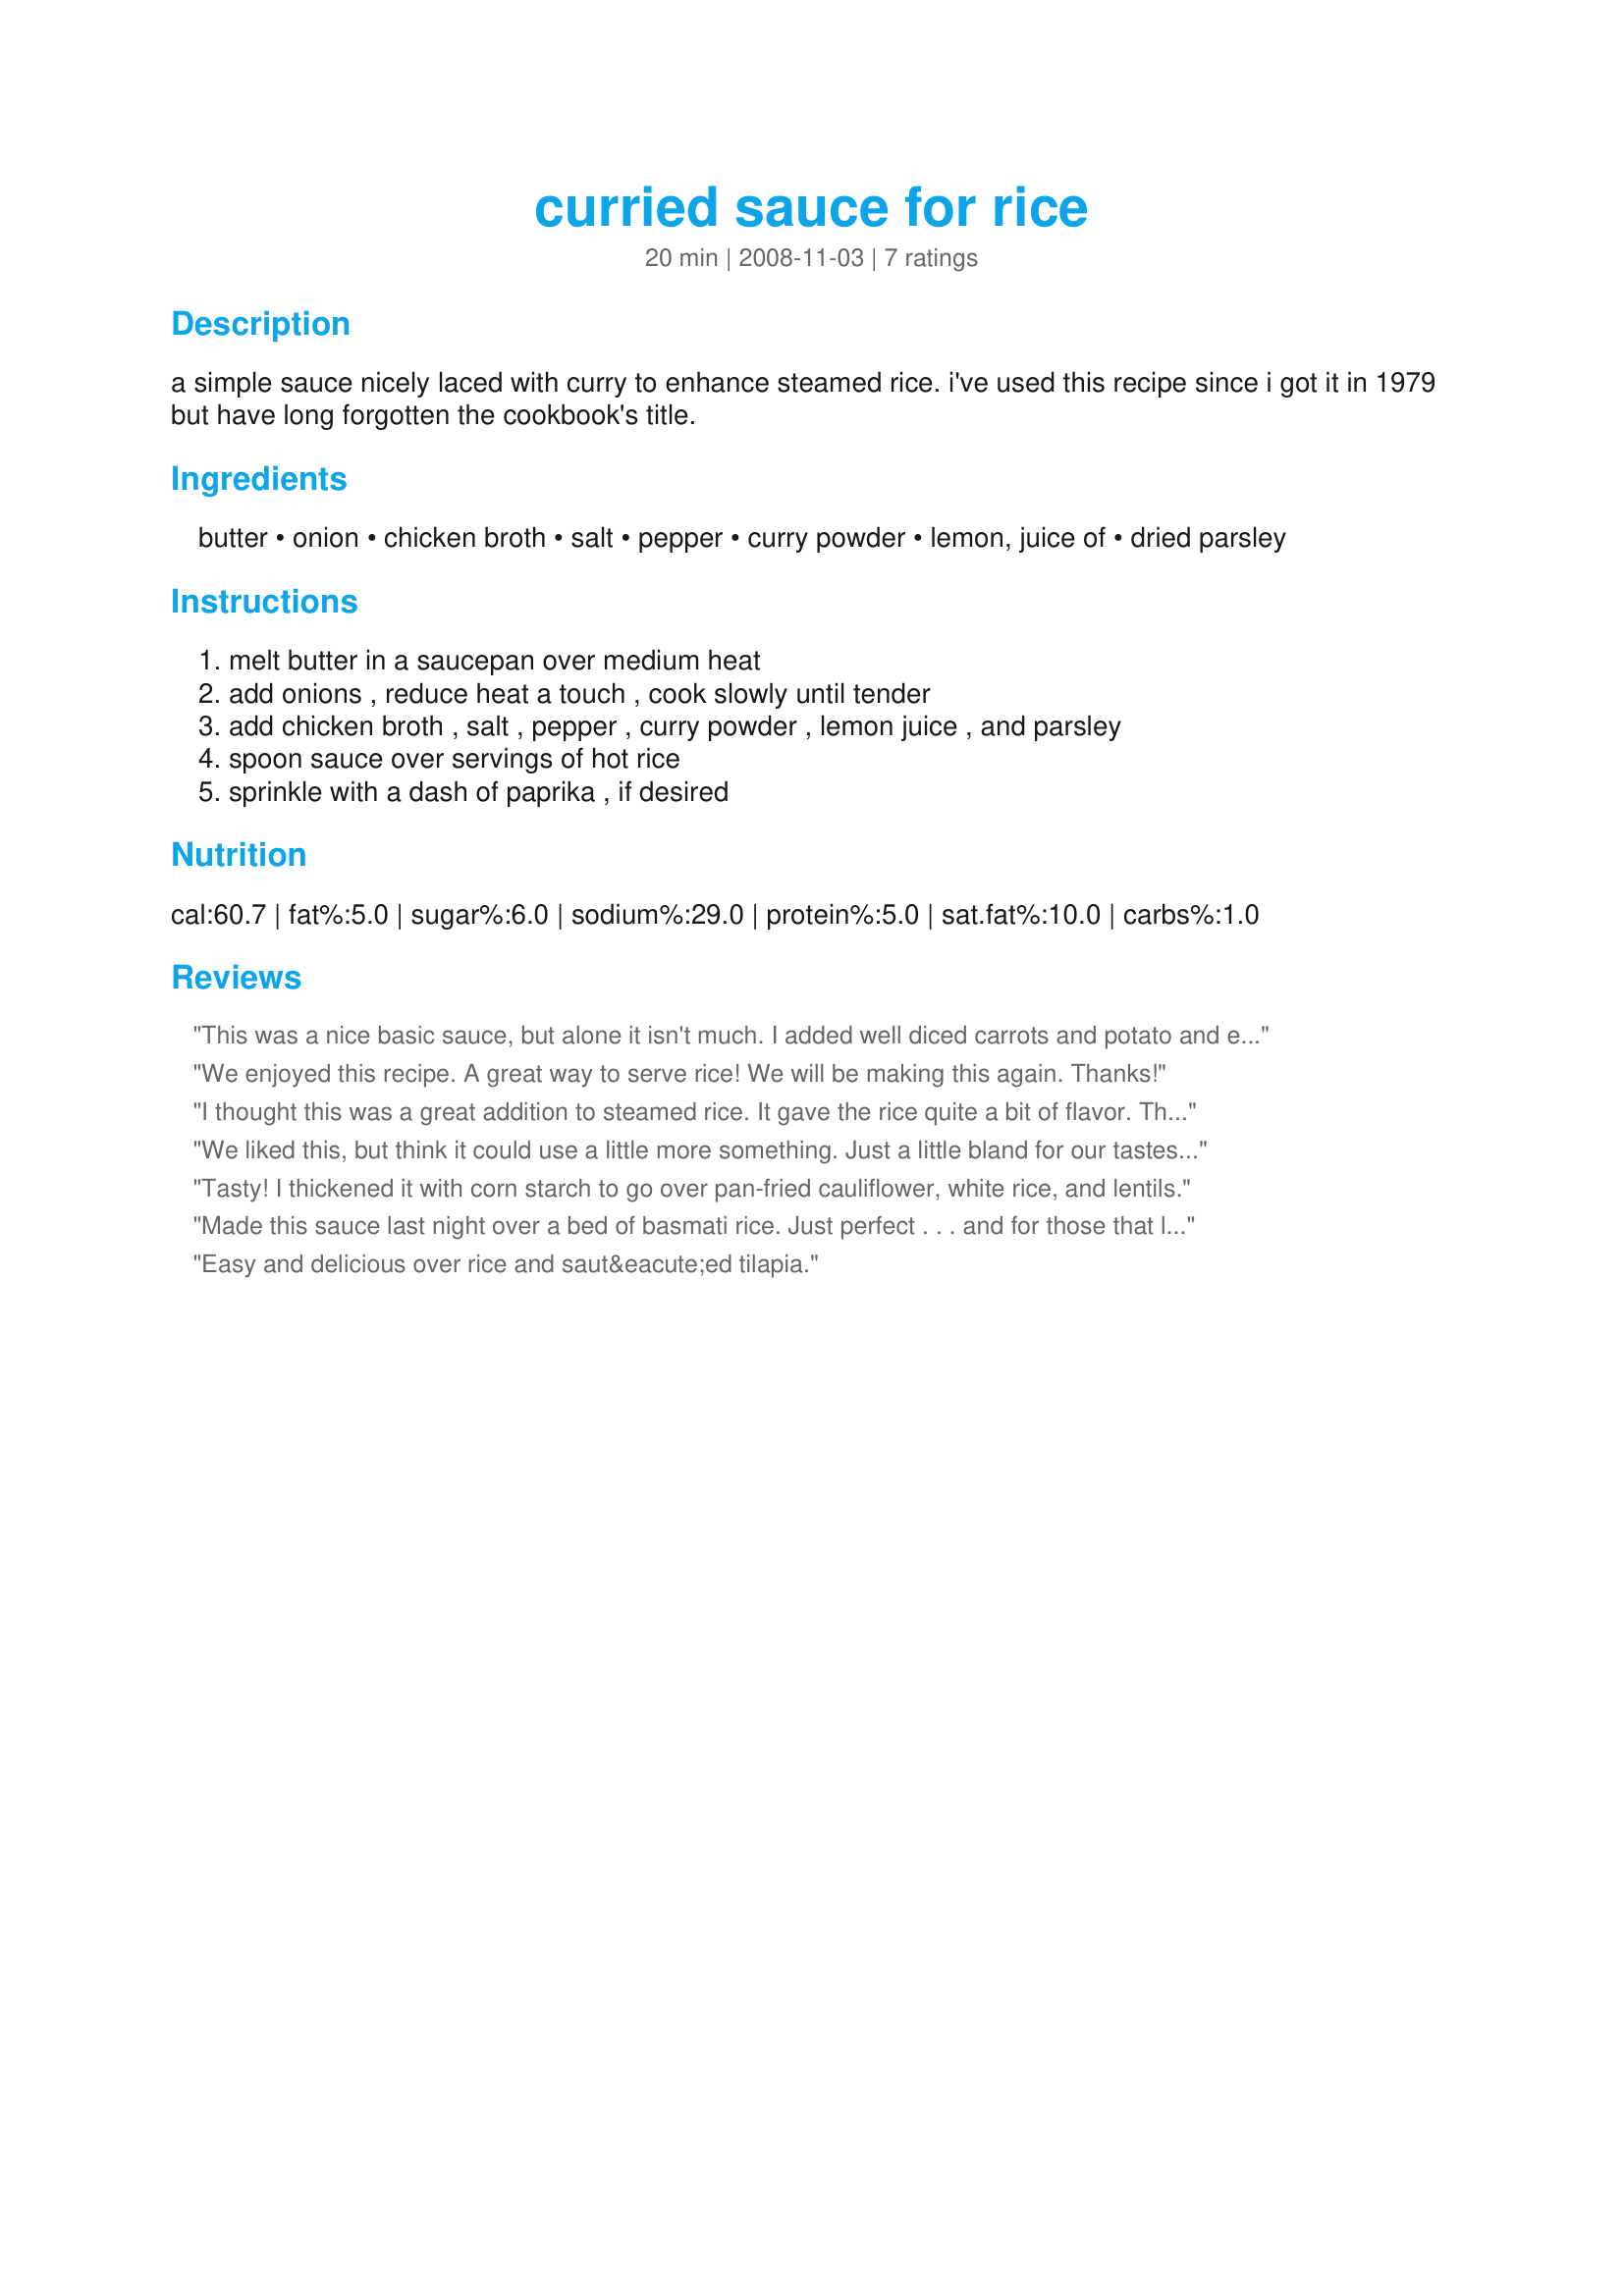
curried sauce for rice
Preparation time: 20 minutes

a simple sauce nicely laced with curry to enhance steamed rice. i've used this recipe since i got it in 1979 but have long forgotten the cookbook's title.

Ingredients:
butter, onion, chicken broth, salt, pepper, curry powder, lemon, juice of, dried parsley

Steps:
melt butter in a saucepan over medium heat, add onions , reduce heat a touch , cook slowly until tender, add chicken broth , salt , pepper , curry powder , lemon juice , and parsley, spoon sauce over servings of hot rice, sprinkle with a dash of paprika , if desired

Reviews:
This was a nice basic sauce, but alone it isn't much. I added well diced carrots and potato and ended up almost tripling the amount of curry. It would have been slightly better with basmati rice, but I didn't have any so I used white rice. Even with as much curry as I used I still think it could have used some more kick.
We enjoyed this recipe. A great way to serve rice! We will be making this again. Thanks!
I thought this was a great addition to steamed rice. It gave the rice quite a bit of flavor. Thanks for the recipe!
We liked this, but think it could use a little more something. Just a little bland for our tastes. I think a different brand of curry could also make the change. All in all a nice and different sauce. Thanks for the recipe, I think I'll play with it abit. Lauralee
Tasty! I thickened it with corn starch to go over pan-fried cauliflower, white rice, and lentils.
Made this sauce last night over a bed of basmati rice. Just perfect . . . and for those that love curry spice (which I definitely do), this is easy and with a splash of nice flavor. Great.
Easy and delicious over rice and saut&eacute;ed tilapia.
